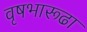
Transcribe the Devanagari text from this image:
वृषभारूढा